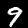
Digit: 9